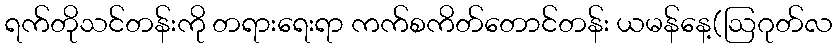
ရက်တိုသင်တန်းကို တရားရေးရာ ကက်စကိတ်တောင်တန်း ယမန်နေ့(ဩဂုတ်လ